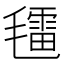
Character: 𣰑